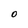
Character: O